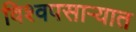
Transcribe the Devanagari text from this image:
विश्वपसाऱ्यात